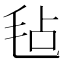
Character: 毡